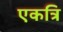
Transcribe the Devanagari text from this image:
एकत्रि